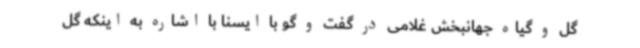
گل و گیاه جهانبخش غلامی در گفت و گو با ایسنا با اشاره به اینکه گل